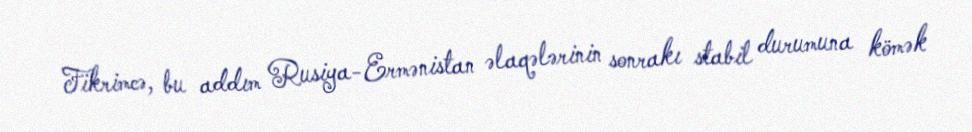
Fikrimcə, bu addım Rusiya-Ermənistan əlaqələrinin sonrakı stabil durumuna kömək